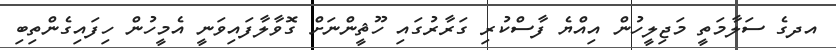
އދގެ ސަލާމަތީ މަޖިލީހުން އިއްޔެ ފާސްކުރި ގަރާރުގައި ހޫޘީންނަށް ގޮވާލާފައިވަނީ އެމީހުން ހިފައިގެންތިބި